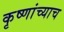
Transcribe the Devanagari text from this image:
कृष्णांच्याच